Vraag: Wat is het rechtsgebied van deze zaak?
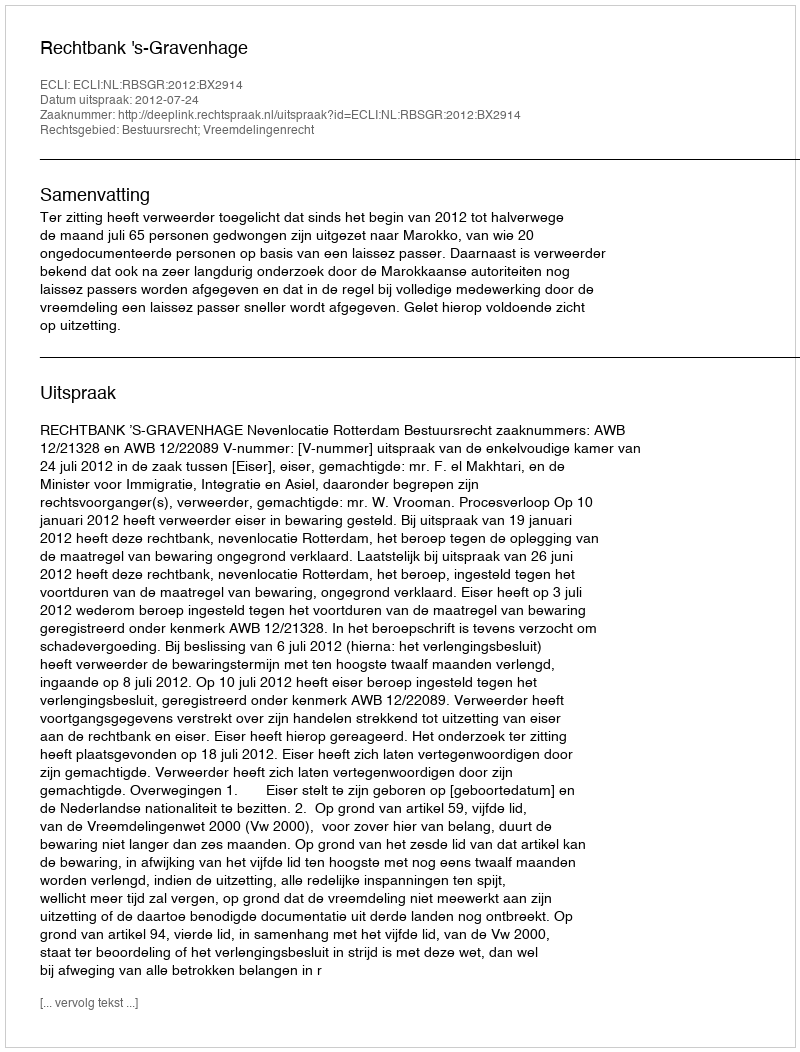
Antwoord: Bestuursrecht; Vreemdelingenrecht